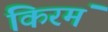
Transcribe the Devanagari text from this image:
किरमं